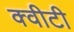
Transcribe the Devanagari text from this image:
क्‍वीटी